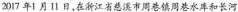
2017年1月11日，在浙江省慈溪市周巷镇周巷水库和长河